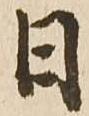
日